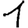
Digit: 1